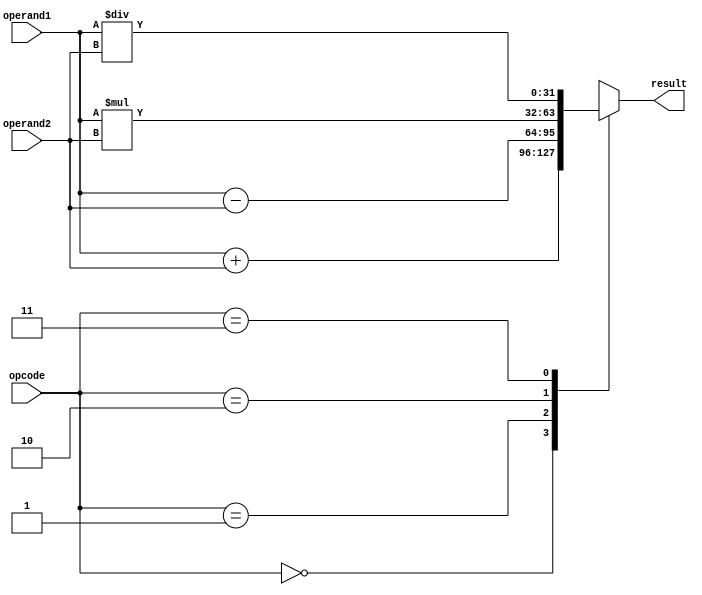
module FixedPointFloatingPointUnit (
    input [31:0] operand1,
    input [31:0] operand2,
    input [1:0] opcode,
    output [31:0] result
);

reg [31:0] adder_output;
reg [63:0] multiplier_output;
reg [31:0] divider_output;

always @(*) begin
    case (opcode)
        2'b00: begin // Addition
            adder_output = operand1 + operand2;
        end
        
        2'b01: begin // Subtraction
            adder_output = operand1 - operand2;
        end
        
        2'b10: begin // Multiplication
            multiplier_output = operand1 * operand2;
            adder_output = multiplier_output[31:0]; // Extract lower 32 bits
        end
        
        2'b11: begin // Division
            divider_output = operand1 / operand2;
            adder_output = divider_output[31:0]; // Extract quotient
        end
    endcase
end

assign result = adder_output;

endmodule